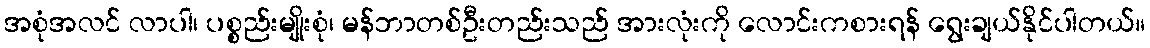
အစုံအလင် လာပါ၊ ပစ္စည်းမျိုးစုံ၊ မန်ဘာတစ်ဦးတည်းသည် အားလုံးကို လောင်းကစားရန် ရွေးချယ်နိုင်ပါတယ်။